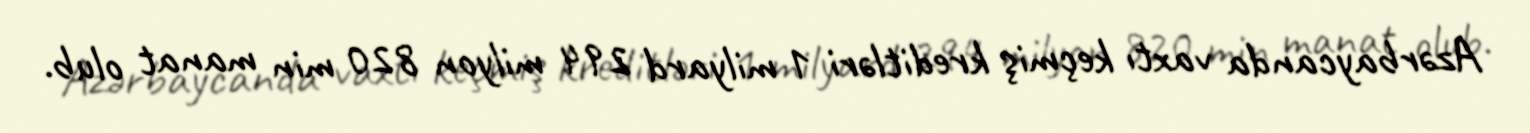
Azərbaycanda vaxtı keçmiş kreditləri 1 milyard 294 milyon 820 min manat olub.